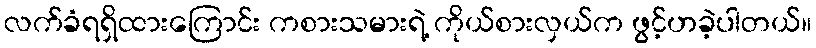
လက်ခံရရှိထားကြောင်း ကစားသမားရဲ့ ကိုယ်စားလှယ်က ဖွင့်ဟခဲ့ပါတယ်။